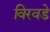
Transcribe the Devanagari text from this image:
विरवडे